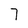
Character: 7